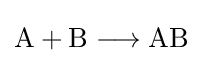
{\mathrm {A} {}+{}\mathrm {B} {}\mathrel {\longrightarrow } {}\mathrm {AB} }